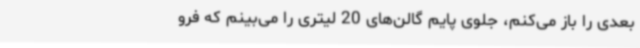
بعدی را باز می‌کنم، جلوی پایم گالن‌های 20 لیتری را می‌بینم که فرو